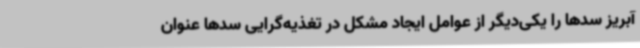
آبریز سدها را یکی‌دیگر از عوامل ایجاد مشکل در تغذیه‌گرایی سدها عنوان